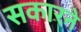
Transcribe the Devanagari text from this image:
सकारने